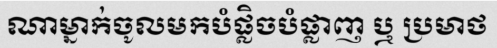
ណាម្នាក់ចូលមកបំផ្លិចបំផ្លាញ ឬ ប្រមាថ